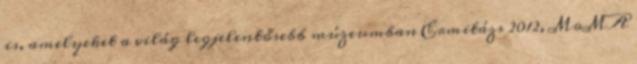
is, amelyeket a világ legjelentősebb múzeumban Ermitázs 2012, MoMA